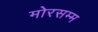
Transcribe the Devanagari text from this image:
मोरसम्म